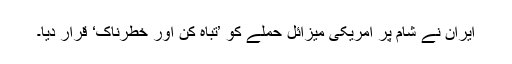
ایران نے شام پر امریکی میزائل حملے کو ’تباہ کن اور خطرناک‘ قرار دیا۔